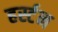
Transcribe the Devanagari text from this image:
हर्स्टन